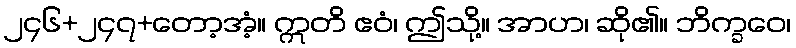
၂၄၆+၂၄၇+တော့အံ့။ ဣတိ ဧဝံ၊ ဤသို့။ အာဟ၊ ဆို၏။ ဘိက္ခဝေ၊